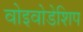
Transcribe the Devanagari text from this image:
वोइवोडेशिप